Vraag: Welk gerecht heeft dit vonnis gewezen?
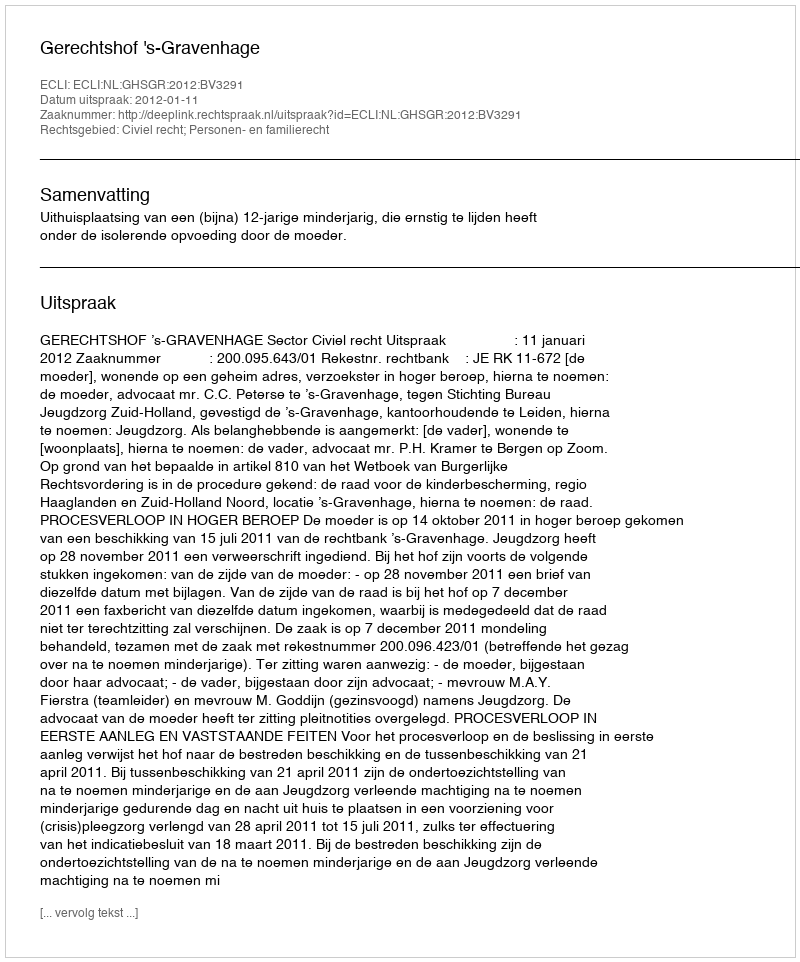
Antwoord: Gerechtshof 's-Gravenhage